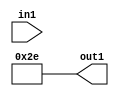
module INP_NO_USED (in1, out1);
   input in1;
   output [6:0] out1;
   parameter [3:0] p1 = 4'b0110;
   parameter [3:0] p2 = 4'b1010;
   assign out1 = {3'b010, p2[3], p1[2:0]};
endmodule